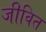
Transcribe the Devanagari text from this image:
जीवित